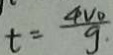
t = \frac { 4 v _ { 0 } } { g }